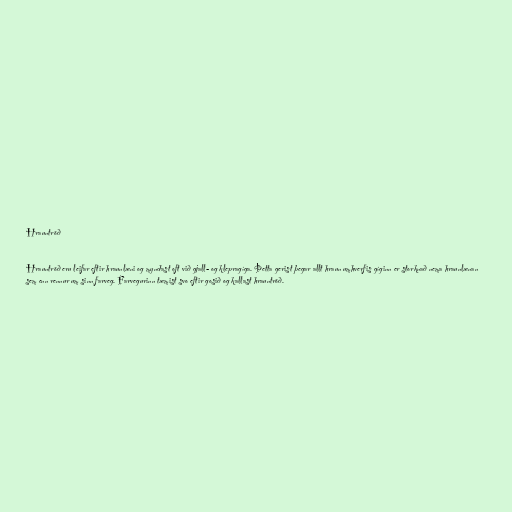
Hrauntröð

Hrauntröð eru leifar eftir hraunlæni og myndast oft við gjall- og klepragíga. Þetta gerist þegar allt hraun umhverfis gíginn er storknað nema hraunlænan
sem enn rennur um sinn farveg. Farvegurinn tæmist svo eftir gosið og kallast hrauntröð.